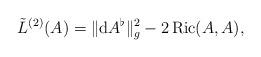
LaTeX: \begin{align*}\tilde L^{(2)}(A)=\|\mathrm{d}A^\flat\|_g^2-2\,\mathrm{Ric}(A,A),\end{align*}